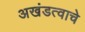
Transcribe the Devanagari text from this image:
अखंडत्वाचे